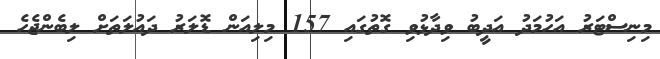
މިނިސްޓަރު އަހުމަދު އަދީބު ވިދާޅުވި ގޮތުގައި 157 މިލިއަން ޑޮލަރު ދައުލަތަށް ލިބެންޖެހެ